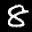
Label: 8